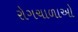
રોગચાળાઓ